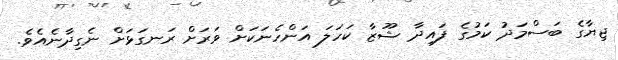
ޖިޔާގެ ބަސްމަދު ކަމުގެ ފައިދާ ޝޫޒާ ކަހަލަ އަންހެނަކަށް ވަރަށް ރަނގަޅަށް ނެގިދާނެއެވެ.